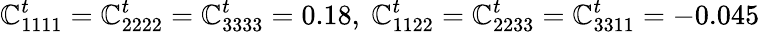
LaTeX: \mathbb{C}_{1111}^{t}=\mathbb{C}_{2222}^{t}=\mathbb{C}_{3333}^{t}=0.18,~\mathbb{C}_{1122}^{t}=\mathbb{C}_{2233}^{t}=\mathbb{C}_{3311}^{t}=-0.045